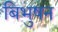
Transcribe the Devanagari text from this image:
बिभुषन